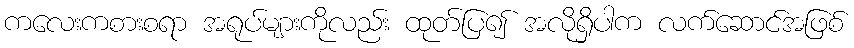
ကလေးကစားစရာ အရုပ်များကိုလည်း ထုတ်ပြ၍ အလိုရှိပါက လက်ဆောင်အဖြစ်